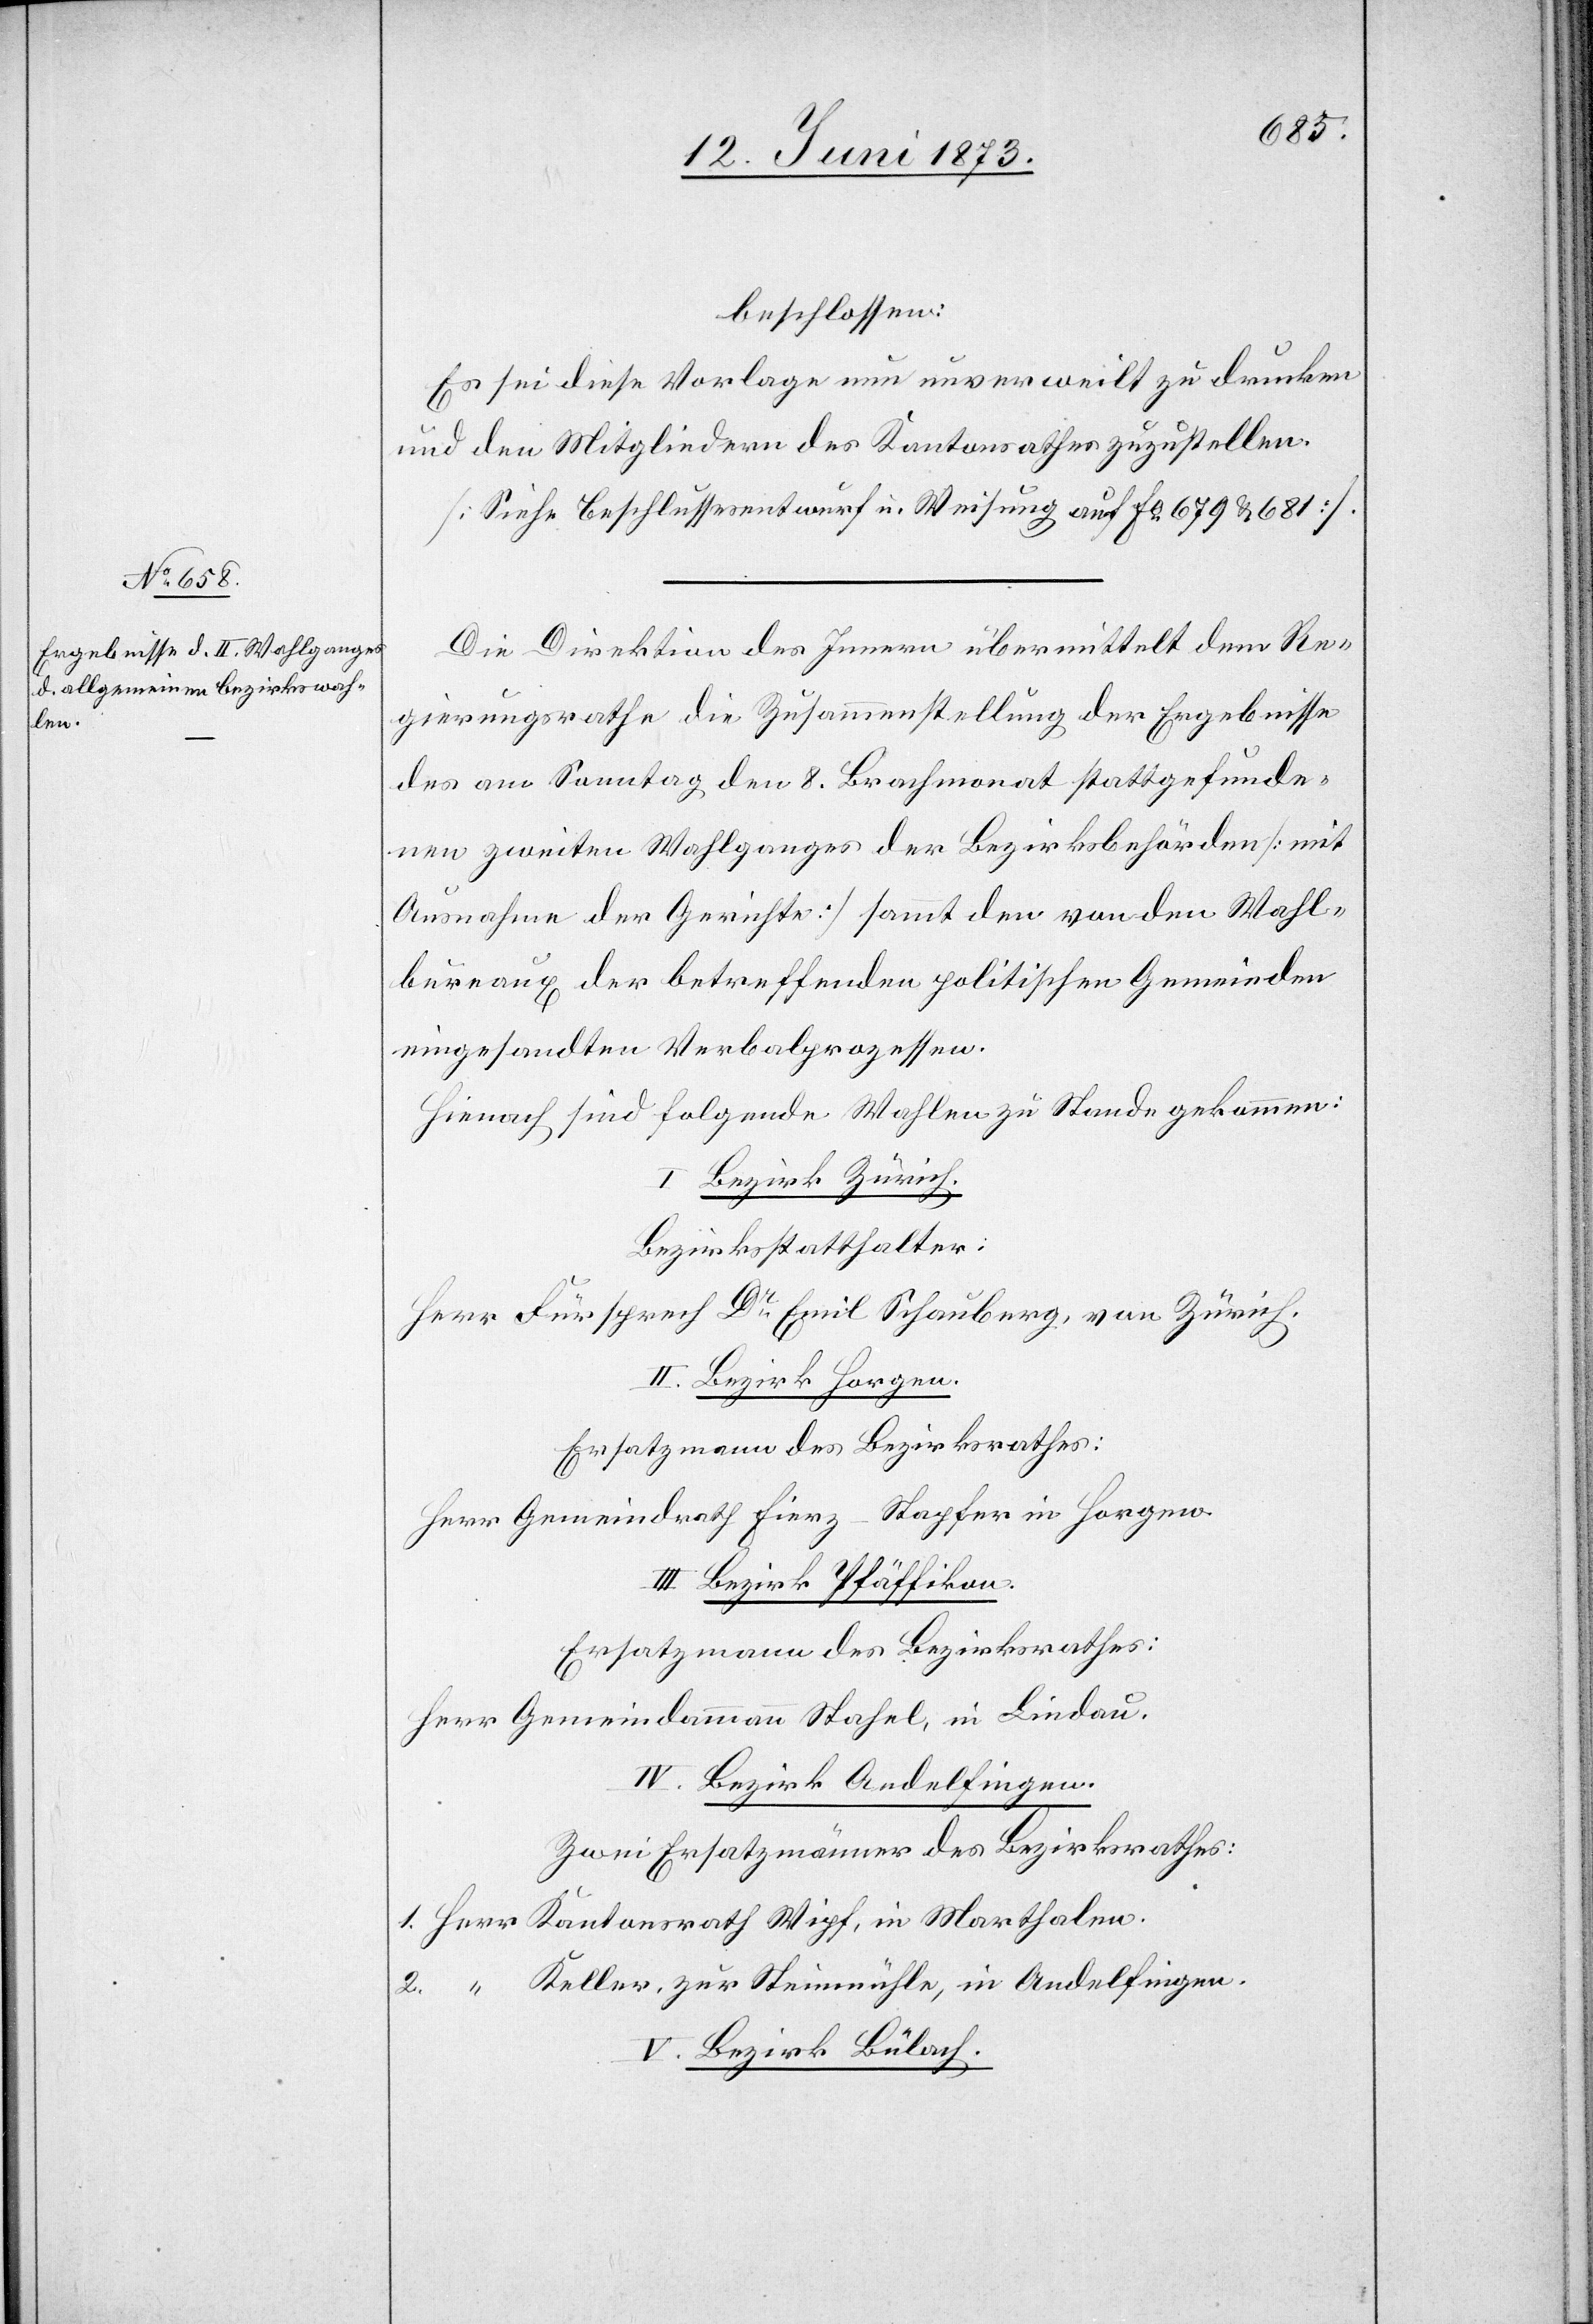
beschlossen:
Es sei diese Vorlage nun unverweilt zu drucken
und den Mitgliedern des Kantonsrathes zuzustellen.
[Siehe Beschlussesentwurf u. Weisung auf Fo 679 & 681]
Die Direktion des Innern übermittelt dem Re¬
gierungsrathe die Zusammenstellung der Ergebnisse
des am Sonntag den 8. Brachmonat stattgefunde¬
nen zweiten Wahlganges der Bezirksbehörden [mit
Ausnahme der Gerichte] sammt den von den Wahl¬
bureaux der betreffenden politischen Gemeinden
eingesandten Verbalprozessen.
Hienach sind folgende Wahlen zu Stande gekommen:
I. Bezirk Zürich.
Bezirksstatthalter:
Herr Fürsprech Dr Emil Schauberg, von Zürich.
II. Bezirk Horgen.
Ersatzmann des Bezirksrathes:
Herr Gemeindrath Fierz-Stapfer in Horgen.
III. Bezirk Pfäffikon.
Ersatzmann des Bezirksrathes:
Herr Gemeindammann Stahel, in Lindau.
IV. Bezirk Andelfingen.
Zwei Ersatzmänner des Bezirksrathes:
1. Herr Kantonsrath Wipf, in Marthalen.
2. “ Keller, zur Steinmühle, in Andelfingen.
V. Bezirk Bülach.